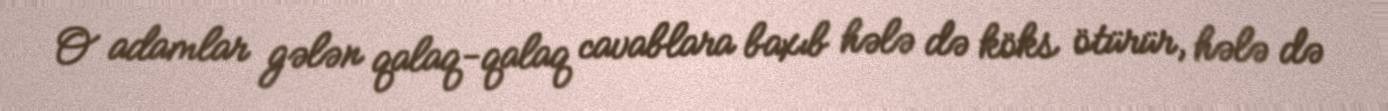
O adamlar gələn qalaq-qalaq cavablara baxıb hələ də köks ötürür, hələ də